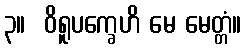
၃။  ဝိရူပက္ခေဟိ မေ မေတ္တံ။